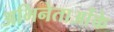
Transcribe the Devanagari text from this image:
अभिनेताओंके